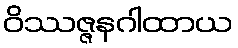
ဝိဿဇ္ဇနဂါထာယ